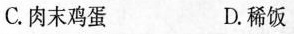
C.肉末鸡蛋 D.稀饭